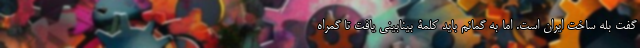
گفت بله ساخت ایران است. اما به گمانم باید کلمۀ بینابینی یافت تا گمراه